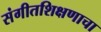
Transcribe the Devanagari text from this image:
संगीतशिक्षणाचा